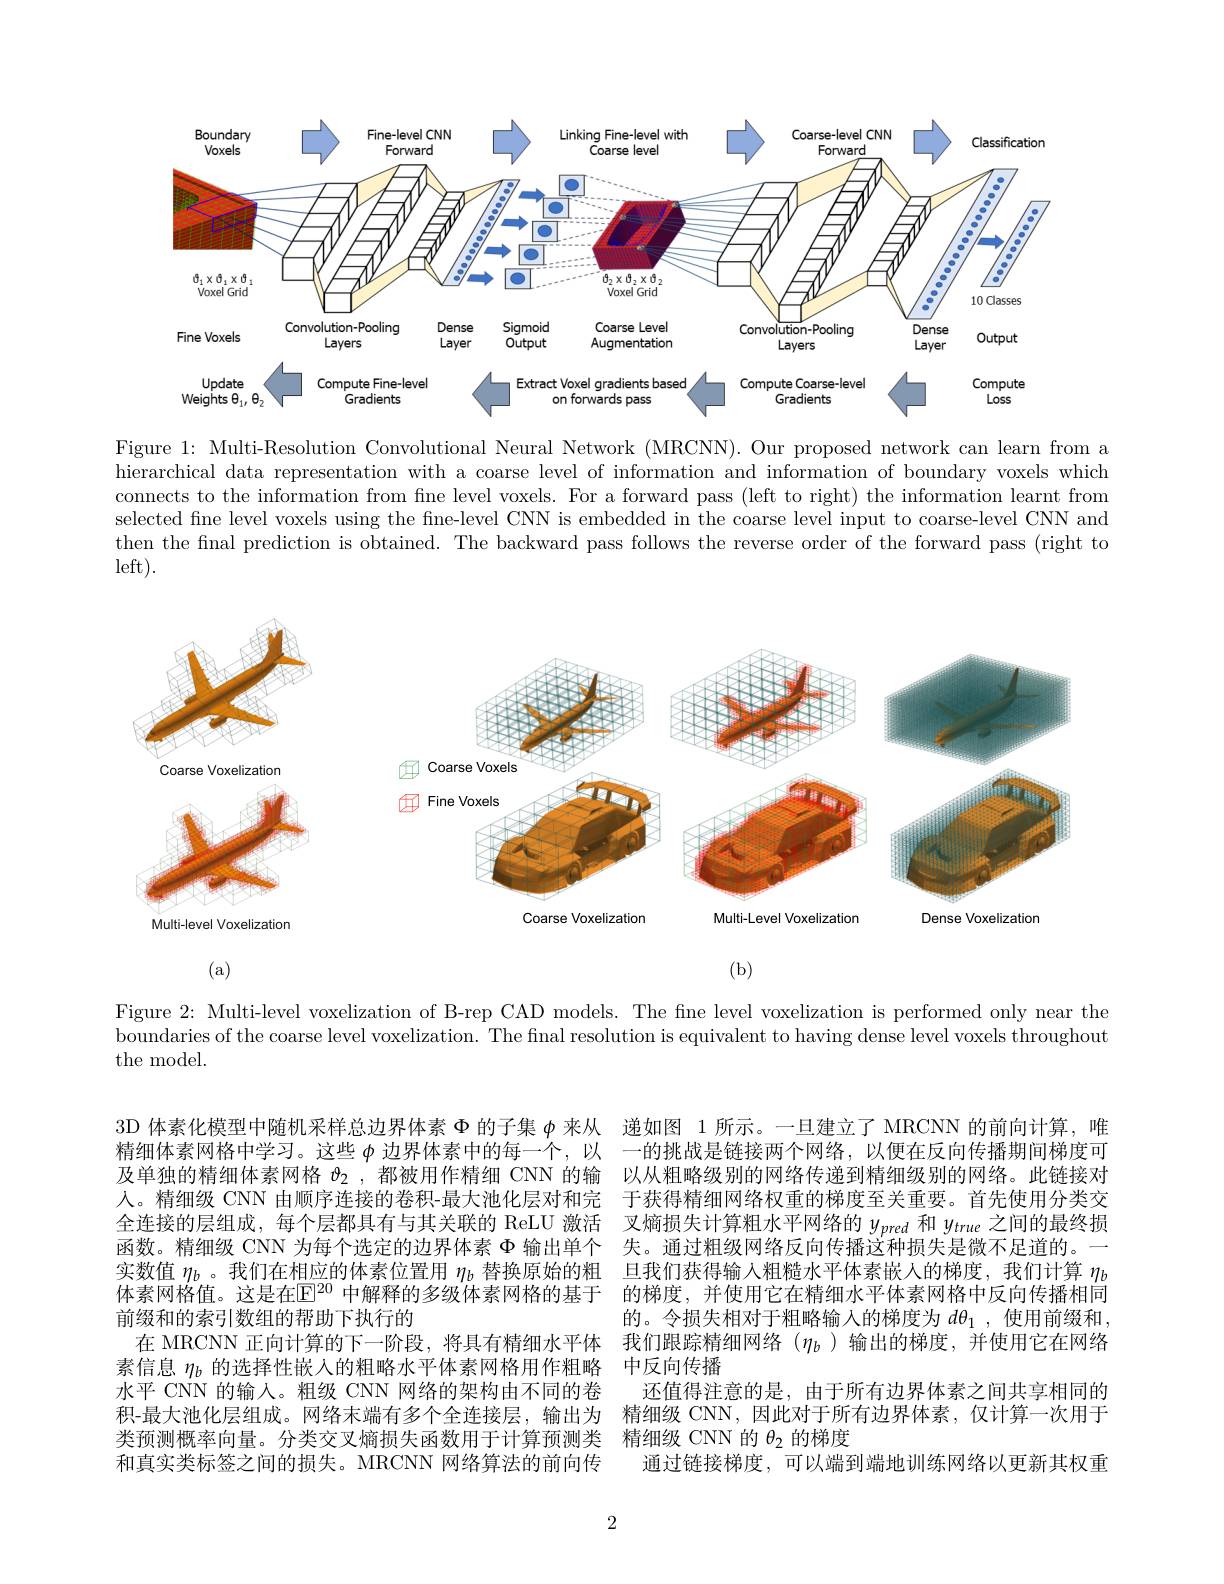
<FigureHere>

Figure 1: Multi-Resolution Convolutional Neural Network (MRCNN).Our proposed network can learn from a hierarchical data representation with a coarse level of information and information of boundary voxels which connects to the information from fıne level voxels. For a forward pass (left to right) the information learnt from selected fine level voxels using the fine-level CNN is embedded in the coarse level input to coarse-level CNN and then the final prediction is obtained. The backward pass follows the reverse order of the forward pass (right to left).

<FigureHere>

(a)

(b)

Figure 2: Multi-level voxelization of B-rep CAD models. The fne level voxelization is performed only near the boundaries of the coarse level voxelization. The final resolution is equivalent to having dense level voxels throughout the model.

3D 体素化模型中随机采样总边界体素$\Phi$的子集$\varphi$来从 递如图 1 所示。一旦建立了 MRCNN 的前向计算，唯精细体素网格中学习。这些$\varphi$边界体素中的每一个，以 一的挑战是链接两个网络，以便在反向传播期间梯度可及单独的精细体素网格$\vartheta_2$ ,都被用作精细 CNN 的输 以从粗略级别的网络传递到精细级别的网络。此链接对人。精细级 CNN 由顺序连接的卷积-最大池化层对和完全连接的层组成，每个层都具有与其关联的 ReLU 激活函数。精细级 CNN 为每个选定的边界体素$\Phi$输出单个实数值$\eta_b$ 。我们在相应的体素位置用$\eta_b$替换原始的粗 旦我们获得输入粗糙水平体素嵌人的梯度，我们计算$\eta_b$ 体素网格值。这是在$\mathbb{E}^{20}$ 中解释的多级体素网格的基于 的梯度，并使用它在精细水平体素网格中反向传播相同前缀和的索引数组的帮助下执行的
在 MRCNN 正向计算的下一阶段，将具有精细水平体 我们跟踪精细网络($\eta_b$)输出的梯度，并使用它在网络
素信息$\eta_b$的选择性嵌人的粗略水平体素网格用作粗略 中反向传播
水平 CNN 的输入。粗级 CNN 网络的架构由不同的卷
积-最大池化层组成。网络末端有多个全连接层，输出为 精细级 CNN,因此对于所有边界体素，仅计算一次用于
类预测概率向量。分类交叉熵损失函数用于计算预测类 精细级 CNN 的$\theta_{2}$的梯度
和真实类标签之间的损失。MRCNN 网络算法的前向传

于获得精细网络权重的梯度至关重要。首先使用分类交叉熵损失计算粗水平网络的$y_{pred}$和$y_{true}$之间的最终损失。通过粗级网络反向传播这种损失是微不足道的。一的。令损失相对于粗略输入的梯度为$d\theta_1$ ,使用前缀和 , 还值得注意的是，由于所有边界体素之间共享相同的通过链接梯度，可以端到端地训练网络以更新其权重

2